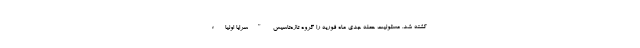
کشته شد. مسئولیت حمله جدی ماه فوریه را گروه تازه‌تاسیس "سرایا اولیاء